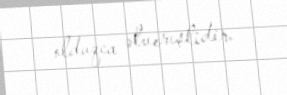
olduqca əlverişlidir.